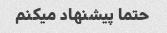
حتما پیشنهاد میکنم